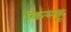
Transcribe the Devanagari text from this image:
किस्‍कू